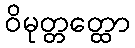
ဝိမုတ္တတ္ထော